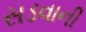
સડવાની